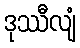
ဒုဿီလျံ